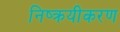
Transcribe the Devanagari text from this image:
निष्क्रयीकरण